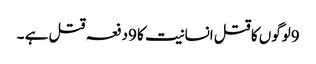
9لوگوں کا قتل انسانیت کا 9دفعہ قتل ہے ۔